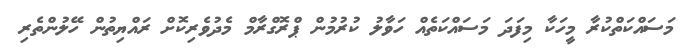
މަސައްކަތްކުރާ މީހަކާ މިފަދަ މަސައްކަތެއް ހަވާލު ކުރުމުން ޕްރޮގްރާމް މެދުވެރިކޮށް ރައްޔިތުން ހޭލުންތެރި